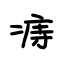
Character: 痔